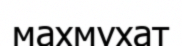
махмухат